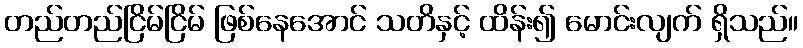
တည်တည်ငြိမ်ငြိမ် ဖြစ်နေအောင် သတိနှင့် ထိန်း၍ မောင်းလျက် ရှိသည်။